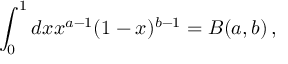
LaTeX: \int _ { 0 } ^ { 1 } d x x ^ { a - 1 } ( 1 - x ) ^ { b - 1 } = B ( a , b ) \, ,